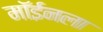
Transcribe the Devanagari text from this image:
मॉईनला